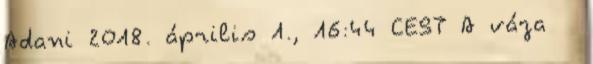
Adani 2018. április 1., 16:44 CEST A váza